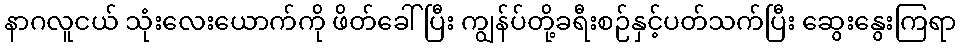
နာဂလူငယ် သုံးလေးယောက်ကို ဖိတ်ခေါ်ပြီး ကျွန်ပ်တို့ခရီးစဉ်နှင့်ပတ်သက်ပြီး ဆွေးနွေးကြရာ